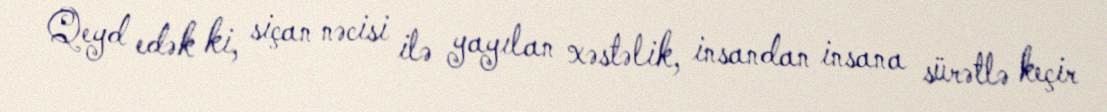
Qeyd edək ki, siçan nəcisi ilə yayılan xəstəlik, insandan insana sürətlə keçir